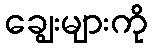
ချွေးများကို